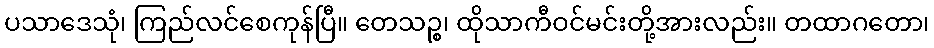
ပသာဒေသုံ၊ ကြည်လင်စေကုန်ပြီ။ တေသဉ္စ၊ ထိုသာကီဝင်မင်းတို့အားလည်း။ တထာဂတော၊